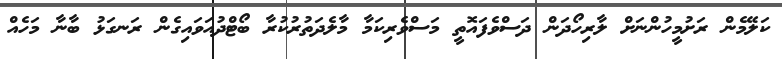
ކަލޭމެން ރަށުމީހުންނަށް ލާރިހޯދަން ދަސްވެފައޮތީ މަސްވެރިކަމާ މާލެދަތުރުކުރާ ބޯޓްދުއަވައިގެން ރަނގަޅު ބާނާ މަހެއް